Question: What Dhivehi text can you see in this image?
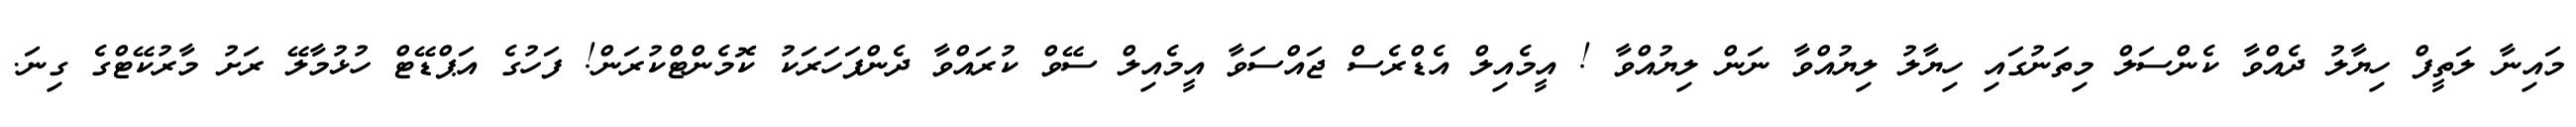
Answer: މައިނާ ލަތީފް ހިޔާލު ދެއްވާ ކެންސަލް މިތަނުގައި ހިޔާލު ލިޔުއްވާ ނަން ލިޔުއްވާ ! އީމެއިލް އެޑްރެސް ޖައްސަވާ އީމެއިލް ސޭވް ކުރައްވާ ދެންފަހަރަކު ކޮމެންޓްކުރަން! ފަހުގެ އަޕްޑޭޓް ހުޅުމާލޭ ރަށު މާރުކޭޓްގެ ގިނަ.